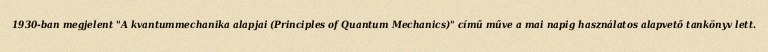
1930-ban megjelent "A kvantummechanika alapjai (Principles of Quantum Mechanics)" című műve a mai napig használatos alapvető tankönyv lett.